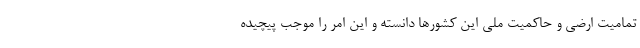
تمامیت ارضی و حاکمیت ملی این کشورها دانسته و این امر را موجب پیچیده